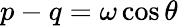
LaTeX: p-q=\omega\cos\theta